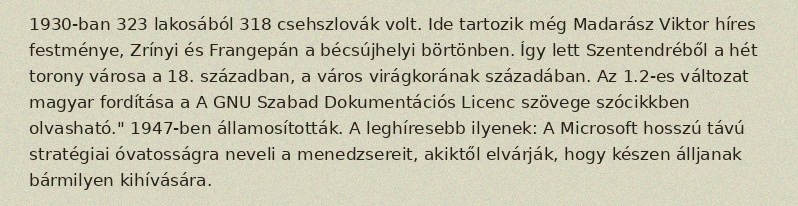
1930-ban 323 lakosából 318 csehszlovák volt. Ide tartozik még Madarász Viktor híres festménye, Zrínyi és Frangepán a bécsújhelyi börtönben. Így lett Szentendréből a hét torony városa a 18. században, a város virágkorának századában. Az 1.2-es változat magyar fordítása a A GNU Szabad Dokumentációs Licenc szövege szócikkben olvasható." 1947-ben államosították. A leghíresebb ilyenek: A Microsoft hosszú távú stratégiai óvatosságra neveli a menedzsereit, akiktől elvárják, hogy készen álljanak bármilyen kihívására.